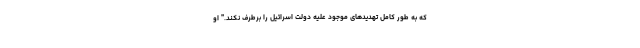
که به طور کامل تهدیدهای موجود علیه دولت اسرائیل را برطرف نکند." او